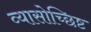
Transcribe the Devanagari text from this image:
व्यासोच्छिष्ट